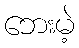
ဘေးမဲ့